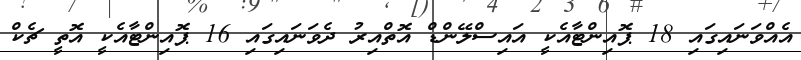
އެއްވަނައިގައި 18 ޕޮއިންޓާއެކީ އައިސްލޭންޑް އޮތްއިރު ދެވަނައިގައި 16 ޕޮއިންޓާއެކީ އޮތީ ޗެކް